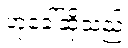
ဟုခေါ်ဆိုသည်